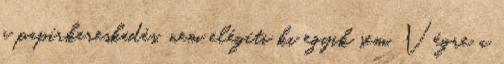
a papírkereskedés, nem elégíti ki egyik sem. Végre a